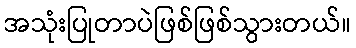
အသုံးပြုတာပဲဖြစ်ဖြစ်သွားတယ်။